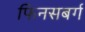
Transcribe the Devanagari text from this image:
फिनसबर्ग